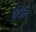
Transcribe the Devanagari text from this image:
वंदोनि